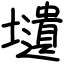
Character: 壝